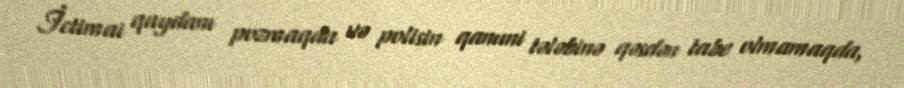
İctimai qaydanı pozmaqda və polisin qanuni tələbinə qəsdən tabe olmamaqda,